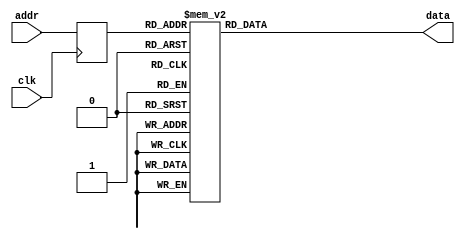
// Listing 12.6
module xilinx_rom_sync_template
   (
    input wire clk,
    input wire [3:0] addr,
    output reg [7:0] data
   );

   // signal declaration
   reg [3:0] addr_reg;

   // body
   always @(posedge clk)
      addr_reg <= addr;

   always @*
      case (addr_reg)
         4'h0: data = 7'b0000001;
         4'h1: data = 7'b1001111;
         4'h2: data = 7'b0010010;
         4'h3: data = 7'b0000110;
         4'h4: data = 7'b1001100;
         4'h5: data = 7'b0100100;
         4'h6: data = 7'b0100000;
         4'h7: data = 7'b0001111;
         4'h8: data = 7'b0000000;
         4'h9: data = 7'b0000100;
         4'ha: data = 7'b0001000;
         4'hb: data = 7'b1100000;
         4'hc: data = 7'b0110001;
         4'hd: data = 7'b1000010;
         4'he: data = 7'b0110000;
         4'hf: data = 7'b0111000;
      endcase

endmodule